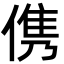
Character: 㑺